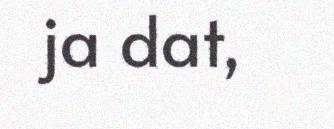
ja dat,